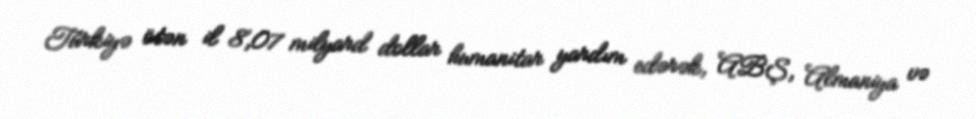
Türkiyə ötən il 8,07 milyard dollar humanitar yardım edərək, ABŞ, Almaniya və